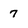
Character: 7